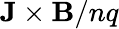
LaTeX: \mathbf{J}\times\mathbf{B}/nq